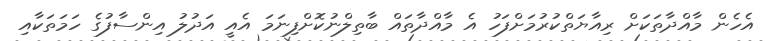
އެހެން މާއްދާތަކަށް ރިއާޔަތްކުރުމަށްފަހު އެ މާއްދާތައް ބާތިލްނުކޮށްފިނަމަ އެއީ އަދުލު އިންސާފުގެ ހަމަތަކާއި